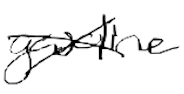
Text: gasoline
Cross-out: cross
Writing tool: digital_black